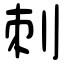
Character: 刺